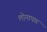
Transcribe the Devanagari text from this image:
लोनापार